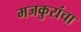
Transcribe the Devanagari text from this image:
मजकुरांचा